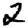
Digit: 2